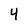
Character: 4